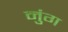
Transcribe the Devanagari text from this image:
नुंग